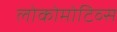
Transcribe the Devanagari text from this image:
लोकोमोटिव्स